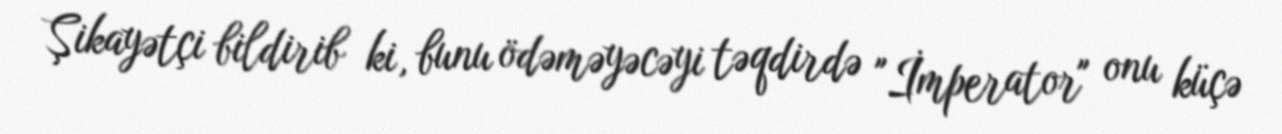
Şikayətçi bildirib ki, bunu ödəməyəcəyi təqdirdə "İmperator" onu küçə